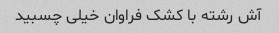
آش رشته با کشک فراوان خیلی چسبید